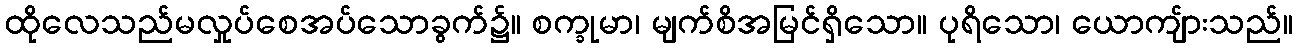
ထိုလေသည်မလှုပ်စေအပ်သောခွက်၌။ စက္ခုမာ၊ မျက်စိအမြင်ရှိသော။ ပုရိသော၊ ယောကျ်ားသည်။